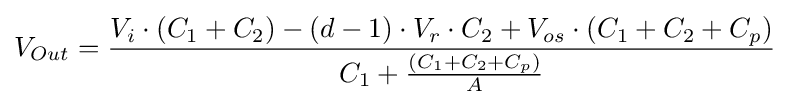
V_{Out}={\frac {V_{i}\cdot (C_{1}+C_{2})-(d-1)\cdot V_{r}\cdot C_{2}+V_{os}\cdot (C_{1}+C_{2}+C_{p})}{C_{1}+{\frac {(C_{1}+C_{2}+C_{p})}{A}}}}